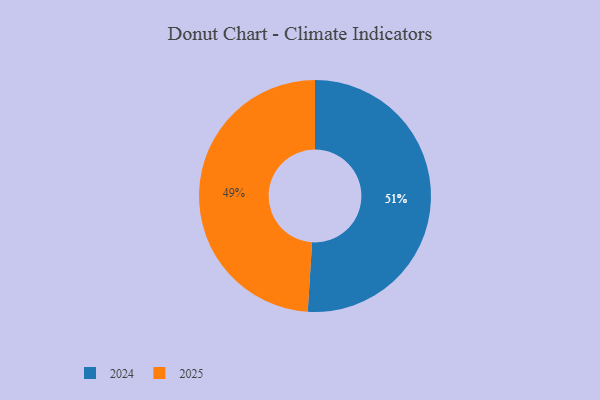
{"axis": {"x": "Category", "y": "Percentage"}, "legend": ["2024", "2025"], "data": [{"x": "2025", "y": 49, "type": "2025"}, {"x": "2024", "y": 51, "type": "2024"}]}